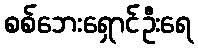
စစ်ဘေးရှောင်ဦးရေ